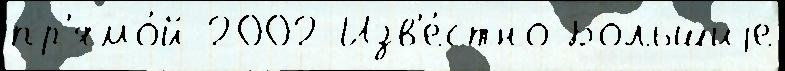
пр'ямо́й 2002 Изв'е́стно Большиjе